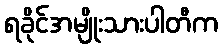
ရခိုင်အမျိုးသားပါတီက